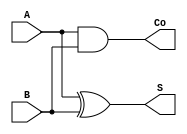
/*
 * Generated by Digital. Don't modify this file!
 * Any changes will be lost if this file is regenerated.
 */

module halfadder (
  input A,
  input B,
  output Co,
  output S
);
  assign S = (A ^ B);
  assign Co = (A & B);
endmodule

module fulladder (
  input A,
  input B,
  input Ci,
  output Co,
  output S
);
  wire s0;
  wire s1;
  wire s2;
  halfadder halfadder_i0 (
    .A( A ),
    .B( B ),
    .Co( s2 ),
    .S( s0 )
  );
  halfadder halfadder_i1 (
    .A( Ci ),
    .B( s0 ),
    .Co( s1 ),
    .S( S )
  );
  assign Co = (s2 | s1);
endmodule